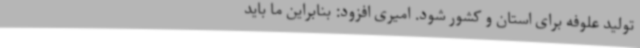
تولید علوفه برای استان و کشور شود. امیری افزود: بنابراین ما باید